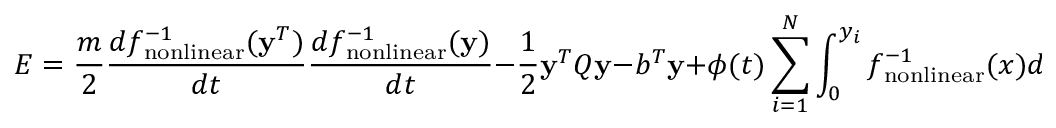
E = \frac { m } { 2 } \frac { d f _ { \mathrm { n o n l i n e a r } } ^ { - 1 } ( { \bf y } ^ { T } ) } { d t } \frac { d f _ { \mathrm { n o n l i n e a r } } ^ { - 1 } ( { \bf y } ) } { d t } - \frac { 1 } { 2 } { \bf y } ^ { T } Q { \bf y } - b ^ { T } { \bf y } + \phi ( t ) \sum _ { i = 1 } ^ { N } \int _ { 0 } ^ { y _ { i } } f _ { \mathrm { n o n l i n e a r } } ^ { - 1 } ( x ) d x .